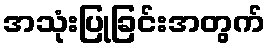
အသုံးပြုခြင်းအတွက်